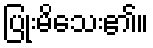
ပြုံးမိသေး၏။